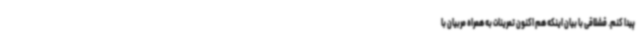
پیدا کنم. قشلاقی با بیان اینکه هم اکنون تمرینات به همراه مربیان با